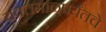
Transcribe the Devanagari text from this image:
यवतमाळपर्यंतचे